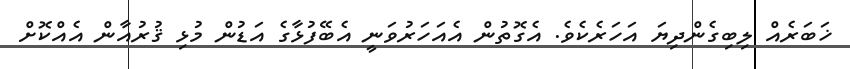
ޚަބަރެއް ލިބިގެންދިޔަ އަހަރެކެވެ. އެގޮތުން އެއަހަރުވަނީ އެބޭފުޅާގެ އަޑުން މުޅި ޤުރުއާން އެއްކޮށް